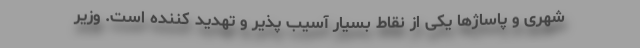
شهری و پاساژها یکی از نقاط بسیار آسیب پذیر و تهدید کننده است. وزیر